Indian journal of veterinary science and animal husbandry - Volume 3,
Year: 1933
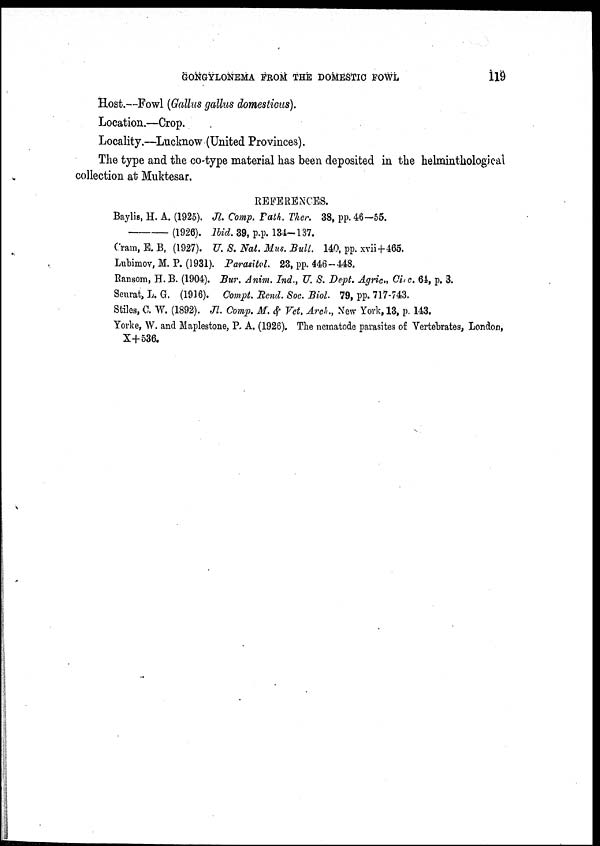
GONGYLONEMA FROM THE DOMESTIC FOWL
119
Host.—Fowl (Gallus gallus domesticus).
Location.—Crop.
Locality.—Lucknow (United Provinces).
The type and the co-type material has been deposited in the helminthological
collection at Muktesar.
REFERENCES.
Baylis, H. A. (1925). Jl. Comp. Path. Ther. 38, pp. 46—55.
—
(1926). Ibid. 39, p.p. 134—137.
Cram, E. B, (1927). U. S. Nat. Mus. Bull. 140, pp. xvii+465.
Lubimov, M. P. (1931). Parasitol. 23, pp. 446—448.
Ransom, H. B. (1904). Bur. Anim. Ind., U. S. Dept. Agric., Cinc. 64, p. 3.
Seurat, L. G. (1916). Compt. Mend. Soc. Biol. 79, pp. 717.743.
Stiles, C. W. (1892). Jl. Comp. M. & Vet. Arch., New York, 13, p. 143.
Yorke, W. and Maplestone, P. A. (1926). The nematode parasites of Vertebrates, London,
X+536.